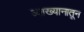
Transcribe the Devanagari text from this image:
व्याख्यानातून